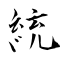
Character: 統